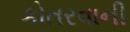
કોતરવાની